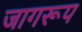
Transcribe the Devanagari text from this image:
जागरूप